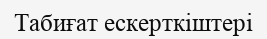
Табиғат ескерткiштерi